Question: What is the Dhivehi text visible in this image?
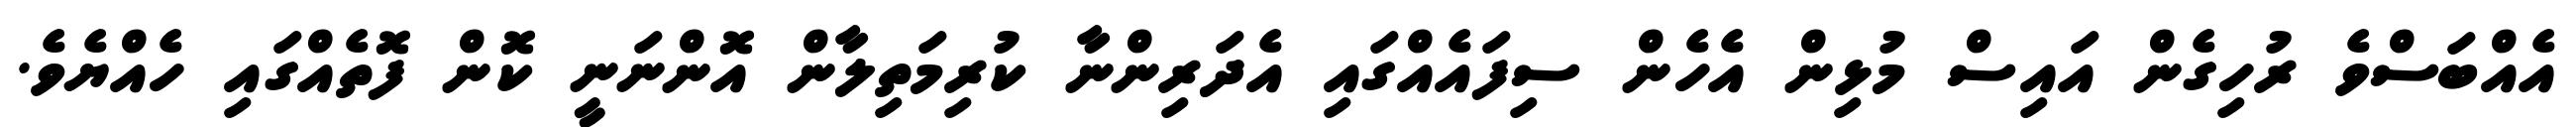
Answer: އެއްބަސްވެ ރުހިގެން އައިސް މުޅިން އެހެން ސިފައެއްގައި އެދަރިންނާ ކުރިމަތިލާން އޮންނަނީ ކޮން ފޮތެއްގައި ހެއްޔެވެ.